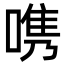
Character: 𭉨